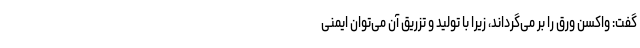
گفت: واکسن ورق را بر می‌گرداند، زیرا با تولید و تزریق آن می‌توان ایمنی